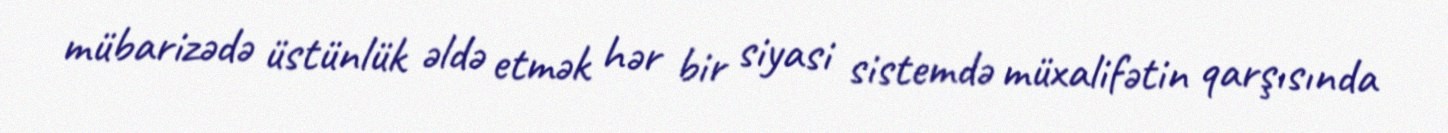
mübarizədə üstünlük əldə etmək hər bir siyasi sistemdə müxalifətin qarşısında